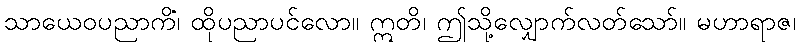
သာယေဝပညာကိံ၊ ထိုပညာပင်လော။ ဣတိ၊ ဤသို့လျှောက်လတ်သော်။ မဟာရာဇ၊